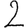
Digit: 2